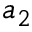
a _ { 2 }